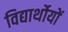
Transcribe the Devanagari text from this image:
विद्यार्थोयों